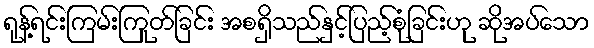
ရုန့်ရင်းကြမ်းကြုတ်ခြင်း အစရှိသည်နှင့်ပြည့်စုံခြင်းဟု ဆိုအပ်သော